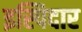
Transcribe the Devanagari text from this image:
इस्पिदार